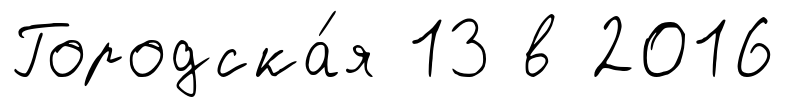
Городска́я 13 в 2016